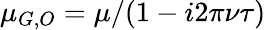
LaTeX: \mu_{G,O}=\mu/(1-i2\pi\nu\tau)